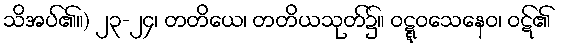
သိအပ်၏။) ၂၃-၂၄၊ တတိယေ၊ တတိယသုတ်၌။ ဝဋ္ဋဝသေနေဝ၊ ဝဋ်၏